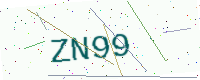
Text: ZN99